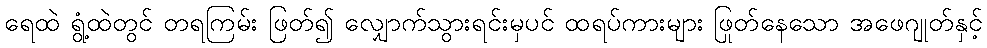
ရေထဲ ရွံ့ထဲတွင် တရကြမ်း ဖြတ်၍ လျှောက်သွားရင်းမှပင် ထရပ်ကားများ ဖြုတ်နေသော အဖေဂျုတ်နှင့်